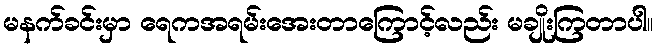
မနက်ခင်းမှာ ရေကအရမ်းအေးတာကြောင့်လည်း မချိုးကြတာပါ။